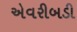
એવરીબડી